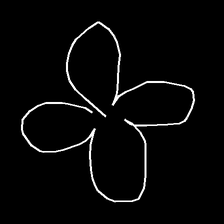
Glyph: billowing